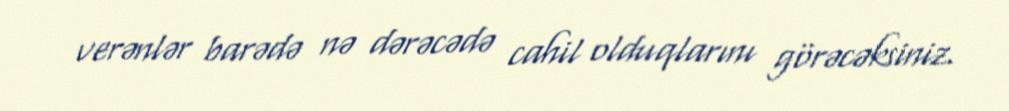
verənlər barədə nə dərəcədə cahil olduqlarını görəcəksiniz.